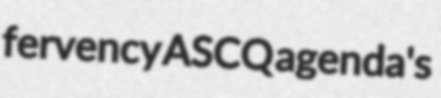
fervency ASCQ agenda's